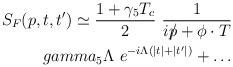
LaTeX: \begin{align*}S_F(p,t,t')\simeq {1+\gamma_5T_c\over 2}\ {1\over ip\!\!\!/ +\phi\cdot T}\\gamma_5\Lambda\ e^{-i\Lambda (\vert t\vert +\vert t'\vert )}+\dots\end{align*}